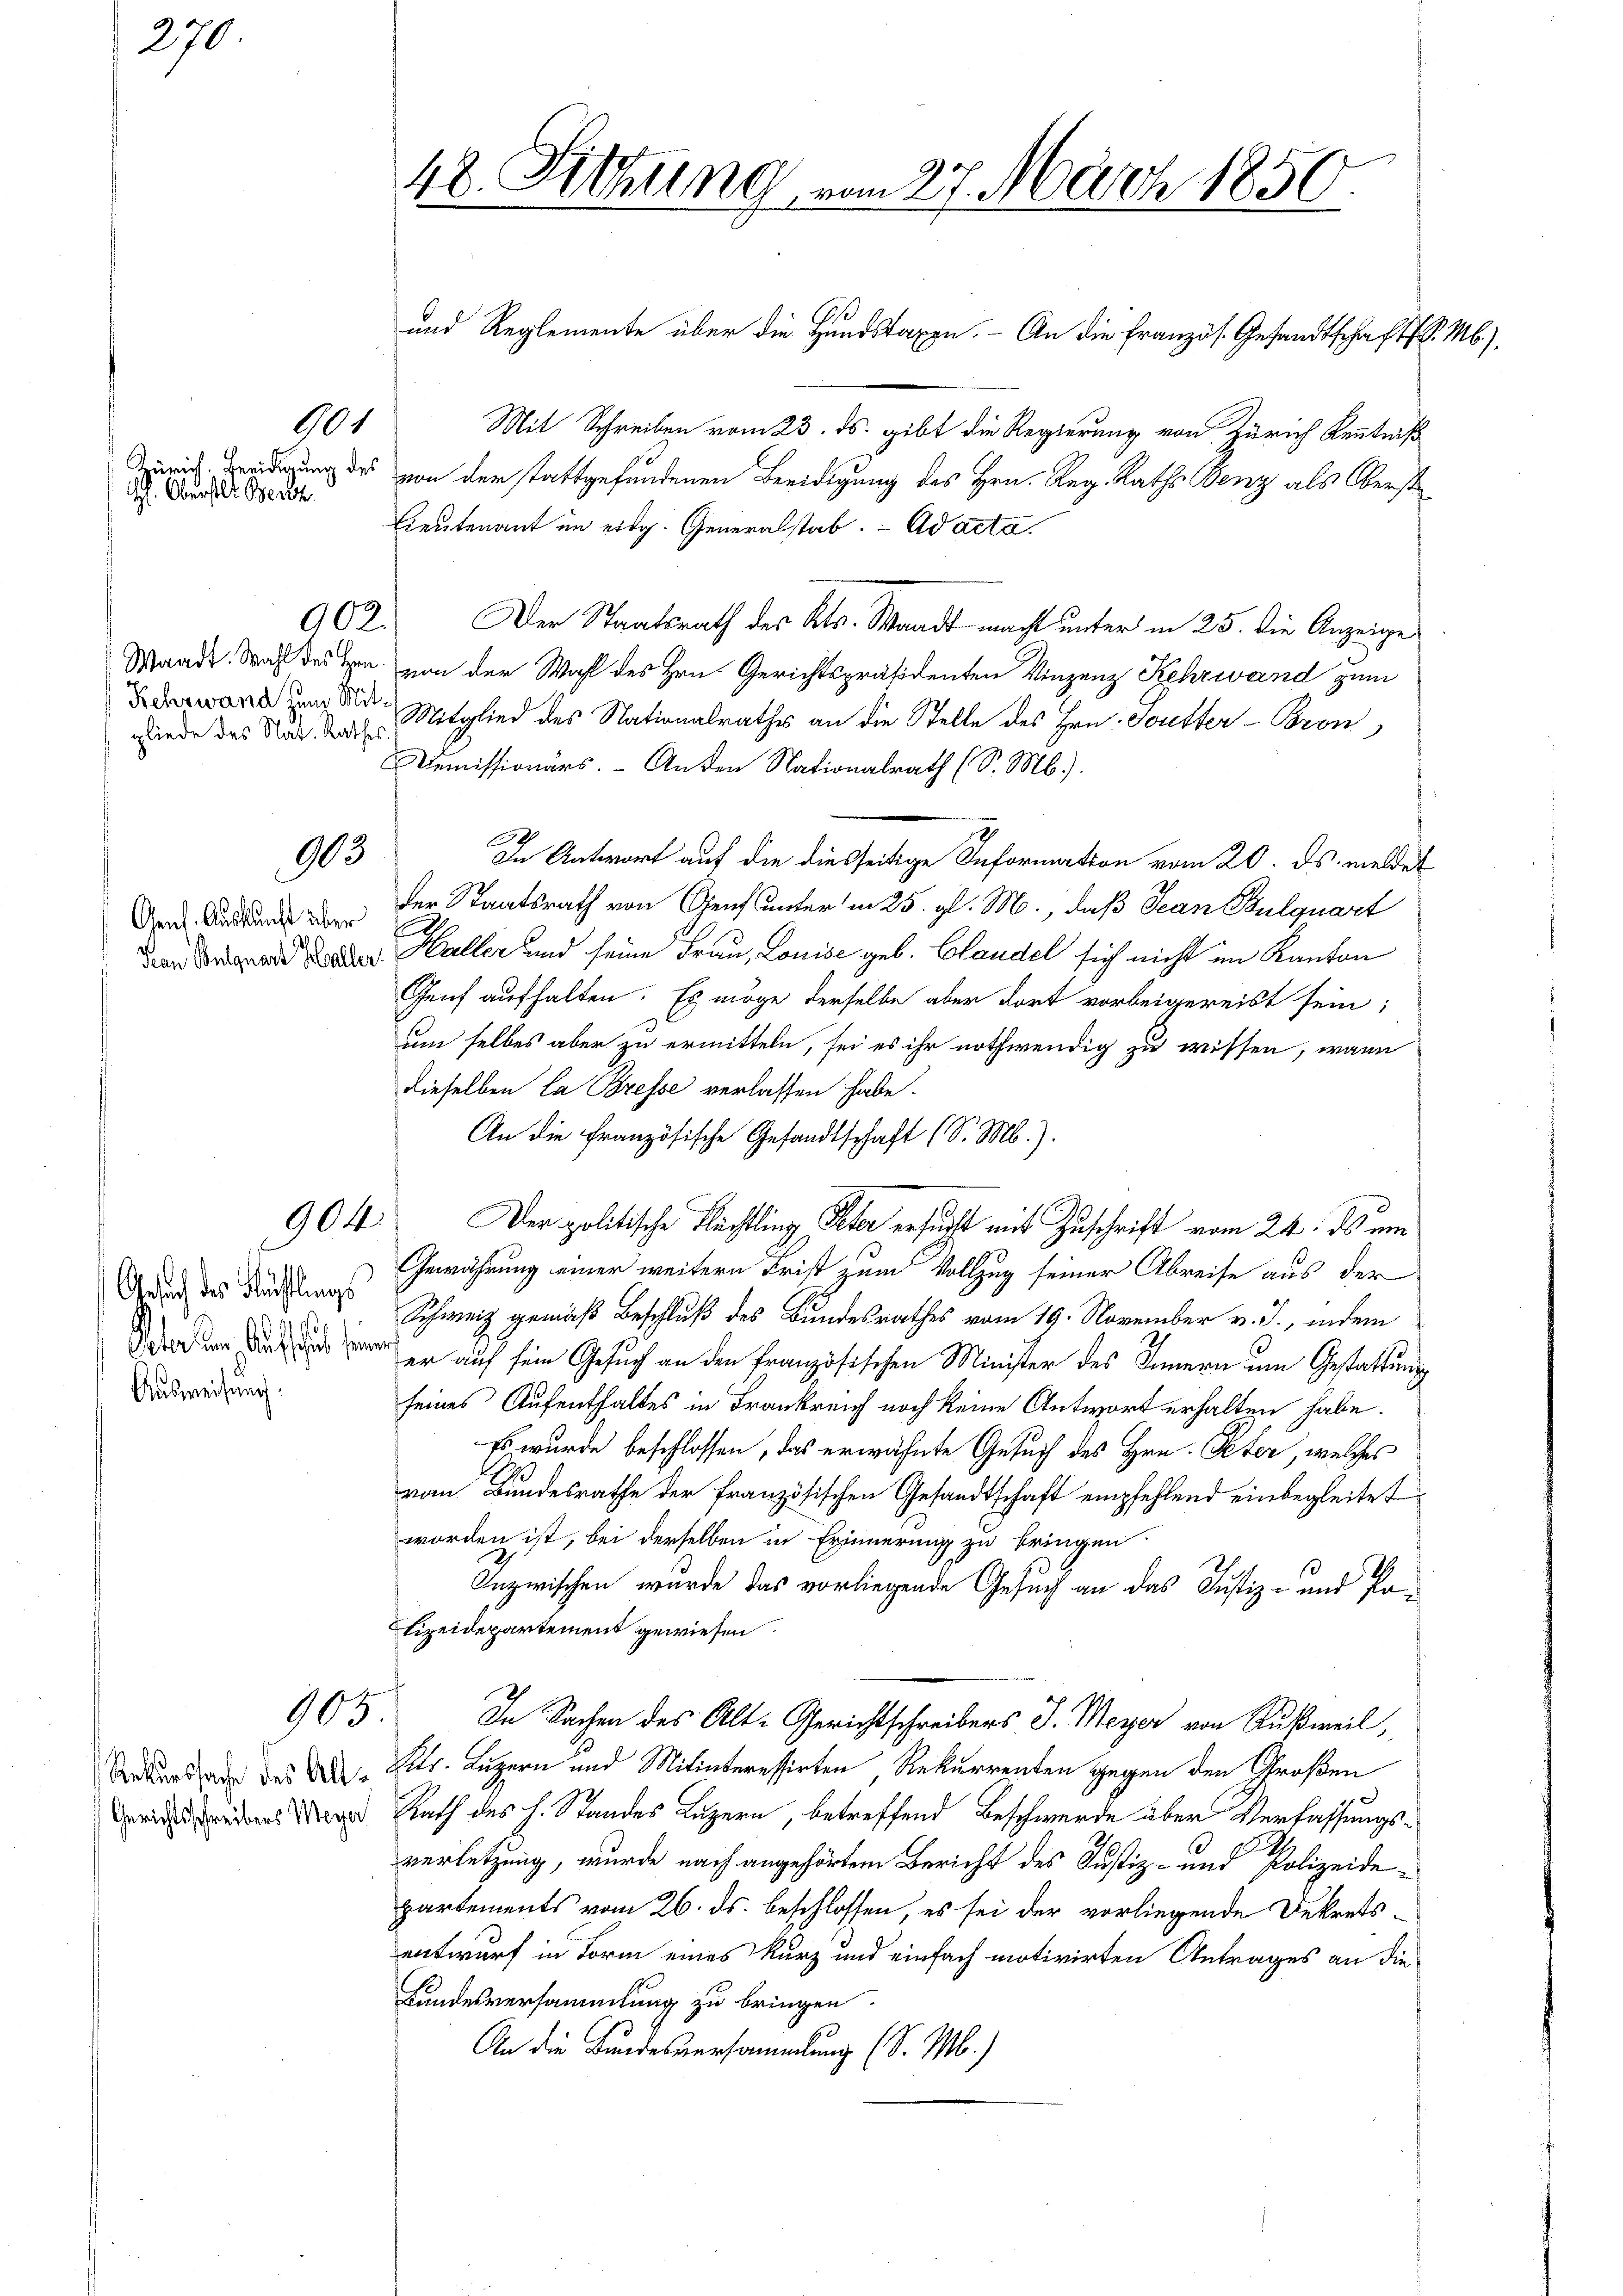
901
Trürich. Beeidigung de
h. Oberstet Besch

270

904.

902.

Waadt. Wahl des Hrn.
Kehrwand zum Mitgliede des Nat. Rathes

103

Osent. Auskunft über
Frau Bulquart Halle

Gesuch des Früchtlings
Potor dem Auf seit sei
Ausweisung:

905

Rekurssache des Alt¬
Gerichtsschreibers Meyer

48. Sitzung vom 27. März 1850.

und Reglemente über die Hundstagen. - An die Französ. Gesandtschaft d. M.).
Mit Schreiben vom 23. ds. gibt die Regierung von Zürich Kenntniß
“ von der stattgefundenen Beeidigung des Hrn. Reg. Raths Benz als Oberst
Lieutenant im eidg. Generalstab. Ad acta.
Der Staatsrath des Kts. Waadt macht unter in 25. die Anzeige
von der Wahl des Hrn. Gerichtspräsidenten Vinzenz Kehrwand zum
Mitglied des Nationalrathes an die Stelle des Hrn. Soutter-Bron
Demissionärs. - Anden Nationalrath (S. Mb.).
In Antwort auf die diesseitige Information vom 20. ds. meldet
der Staatsrath von Genf unter in 25. gl. M., daß Jean Bulquart
f
Haller und seine Frau, Louise geb. Claudel sich nicht im Kanton
Genf aufhalten. Es möge derselbe aber dort vorbeigereist sein;
um selbes aber zu ermitteln, sei es ihr nothwendig zu wissen, wann
dieselben La Bresse verlassen habe.
An die Französische Gesandtschaft (S. M.).
Der politische Flächtling Peter ersucht mit Zuschrift vom 24. ds um
Gewährung einer weitern Frist zum Vollzug seiner Abreise aus der
Schweiz gemäß Beschluß des Bundesrathes vom 19. November v. J., indem
er auf sein Gesuch an den französischen Minister des Innern um Gestattung
seines Aufenthaltes in Frankreich noch keine Antwort erhalten habe.
Es wurde beschlossen, das erwähnte Gesuch des Hrn. Peter, welches
vom Bundesrathe der französischen Gesandtschaft empfehlend einbegleitet
worden ist, bei derselben in Erinnerung zu bringen
Inzwischen wurde das vorliegende Gesuch an das Justiz- und Pa¬
Lizeidepartement gewiesen.
In Sachen des Alt-Gerichtschreibers J. Meyer von Rußweil,
Kts. Luzern und Mitinteressirten Rekurrenten gegen den Großen
Rath des h. Standes Luzern, betreffend Beschwerde über Verfassungsverletzung, wurde nach angehörtem Bericht des Justiz- und Polizeidepartements vom 26. ds. beschlossen, es sei der vorliegende Dekretsentwurf in Form eines kurz und einfach motivirten Antrages an die
Landesversammlung zu bringen.
An die Bundesversammlung (S. M.)